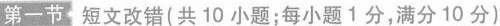
第一节 短文改错(共 10 小题;每小题1分,满分 10 分)